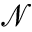
\mathcal { N }